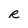
Character: R